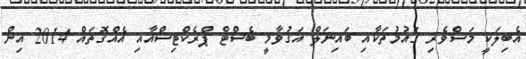
އެބިލަކީ މަސްވެރި ގައުމުތަކާއި ބައިނަލް އަގުވާމީ ބެސްޓް ޕްރެކްޓިސްއާއި އެއްގޮަތައް 2014 އިން